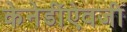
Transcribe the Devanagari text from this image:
केनेडींऐवजी